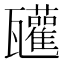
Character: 𤮳